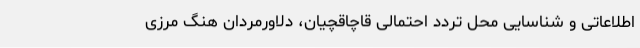
اطلاعاتی و شناسایی محل تردد احتمالی قاچاقچیان، دلاورمردان هنگ مرزی